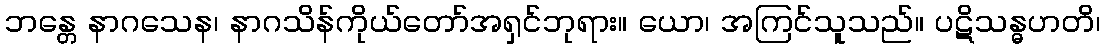
ဘန္တေ နာဂသေန၊ နာဂသိန်ကိုယ်တော်အရှင်ဘုရား။ ယော၊ အကြင်သူသည်။ ပဋိသန္ဓဟတိ၊